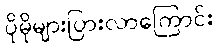
ပိုမိုများပြားလာကြောင်း